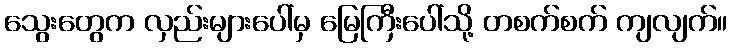
သွေးတွေက လှည်းများပေါ်မှ မြေကြီးပေါ်သို့ တစက်စက် ကျလျက်။